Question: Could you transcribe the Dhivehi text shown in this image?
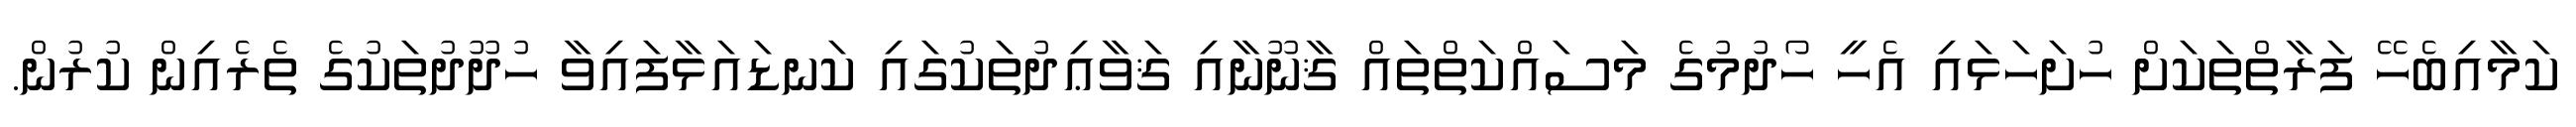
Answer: ކަމާއިބެހޭ ފަރާތްތަކަށް ހުށަހަޅައި އެހީ ހޯދުމުގެ މަސައްކަތްތައް ޤާނޫނާއި ޤަވާޢިދުތަކުގައި ކަނޑައަޅާފައިވާ ހުދޫދުތަކުގެ ތެރެއިން ކުރުން.